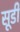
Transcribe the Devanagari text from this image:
सूडी